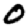
Digit: 0